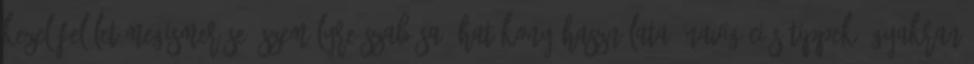
kezelőfelület megismerése, személyre szabása, hatékony használata, navigációs tippek. Gyakran